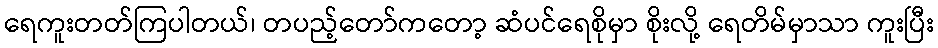
ရေကူးတတ်ကြပါတယ်၊ တပည့်တော်ကတော့ ဆံပင်ရေစိုမှာ စိုးလို့ ရေတိမ်မှာသာ ကူးပြီး